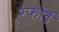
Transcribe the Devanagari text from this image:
रंफोर्ड